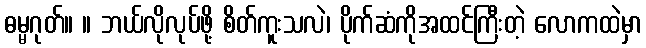
ဓမ္မဂုတ်။ ။ ဘယ်လိုလုပ်ဖို့ စိတ်ကူးသလဲ၊ ပိုက်ဆံကိုအထင်ကြီးတဲ့ လောကထဲမှာ